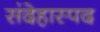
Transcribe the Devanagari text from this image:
संदेहास्‍पद